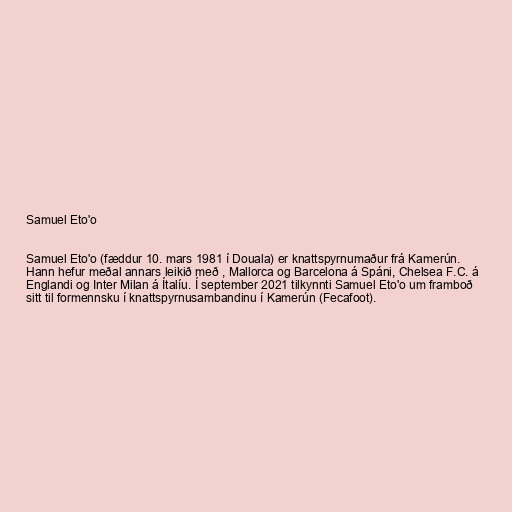
Samuel Eto'o

Samuel Eto'o (fæddur 10. mars 1981 í Douala) er knattspyrnumaður frá Kamerún.
Hann hefur meðal annars leikið með , Mallorca og Barcelona á Spáni, Chelsea F.C. á
Englandi og Inter Milan á Ítalíu. Í september 2021 tilkynnti Samuel Eto'o um framboð
sitt til formennsku í knattspyrnusambandinu í Kamerún (Fecafoot).